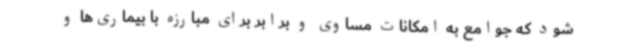
شود که جوامع به امکانات مساوی و برابر برای مبارزه با بیماری‌ها و